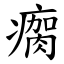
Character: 瘸